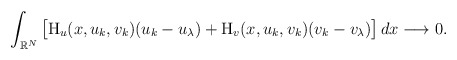
\begin{align*} \int_{\mathbb{R}^{N}}\big[\mathrm{H}_{u}(x,u_k,v_k)(u_k-u_{\lambda})+ \mathrm{H}_{v}(x,u_k,v_k)(v_k-v_{\lambda})\big]\,dx \longrightarrow 0 . \end{align*}